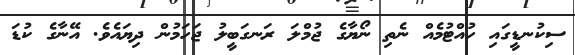
ސިކުނޑީގައި ހުއްޓުމެއް ނެތި ނޯޔާގެ ޖުމްލަ ރަނގަބީލު ޖަހަމުން ދިޔައެވެ. އޭނާގެ ކުޑަ